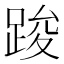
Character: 踆